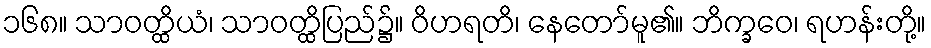
၁၆၈။ သာဝတ္ထိယံ၊ သာဝတ္ထိပြည်၌။ ဝိဟရတိ၊ နေတော်မူ၏။ ဘိက္ခဝေ၊ ရဟန်းတို့။